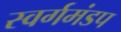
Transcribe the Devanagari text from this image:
स्वर्गमंडप